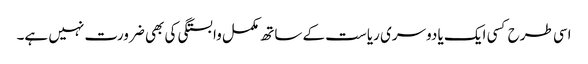
اسی طرح کسی ایک یا دوسری ریاست کے ساتھ مکمل وابستگی کی بھی ضرورت نہیں ہے۔